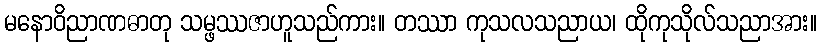
မနောဝိညာဏဓာတု သမ္ဖဿဇာဟူသည်ကား။ တဿာ ကုသလသညာယ၊ ထိုကုသိုလ်သညာအား။